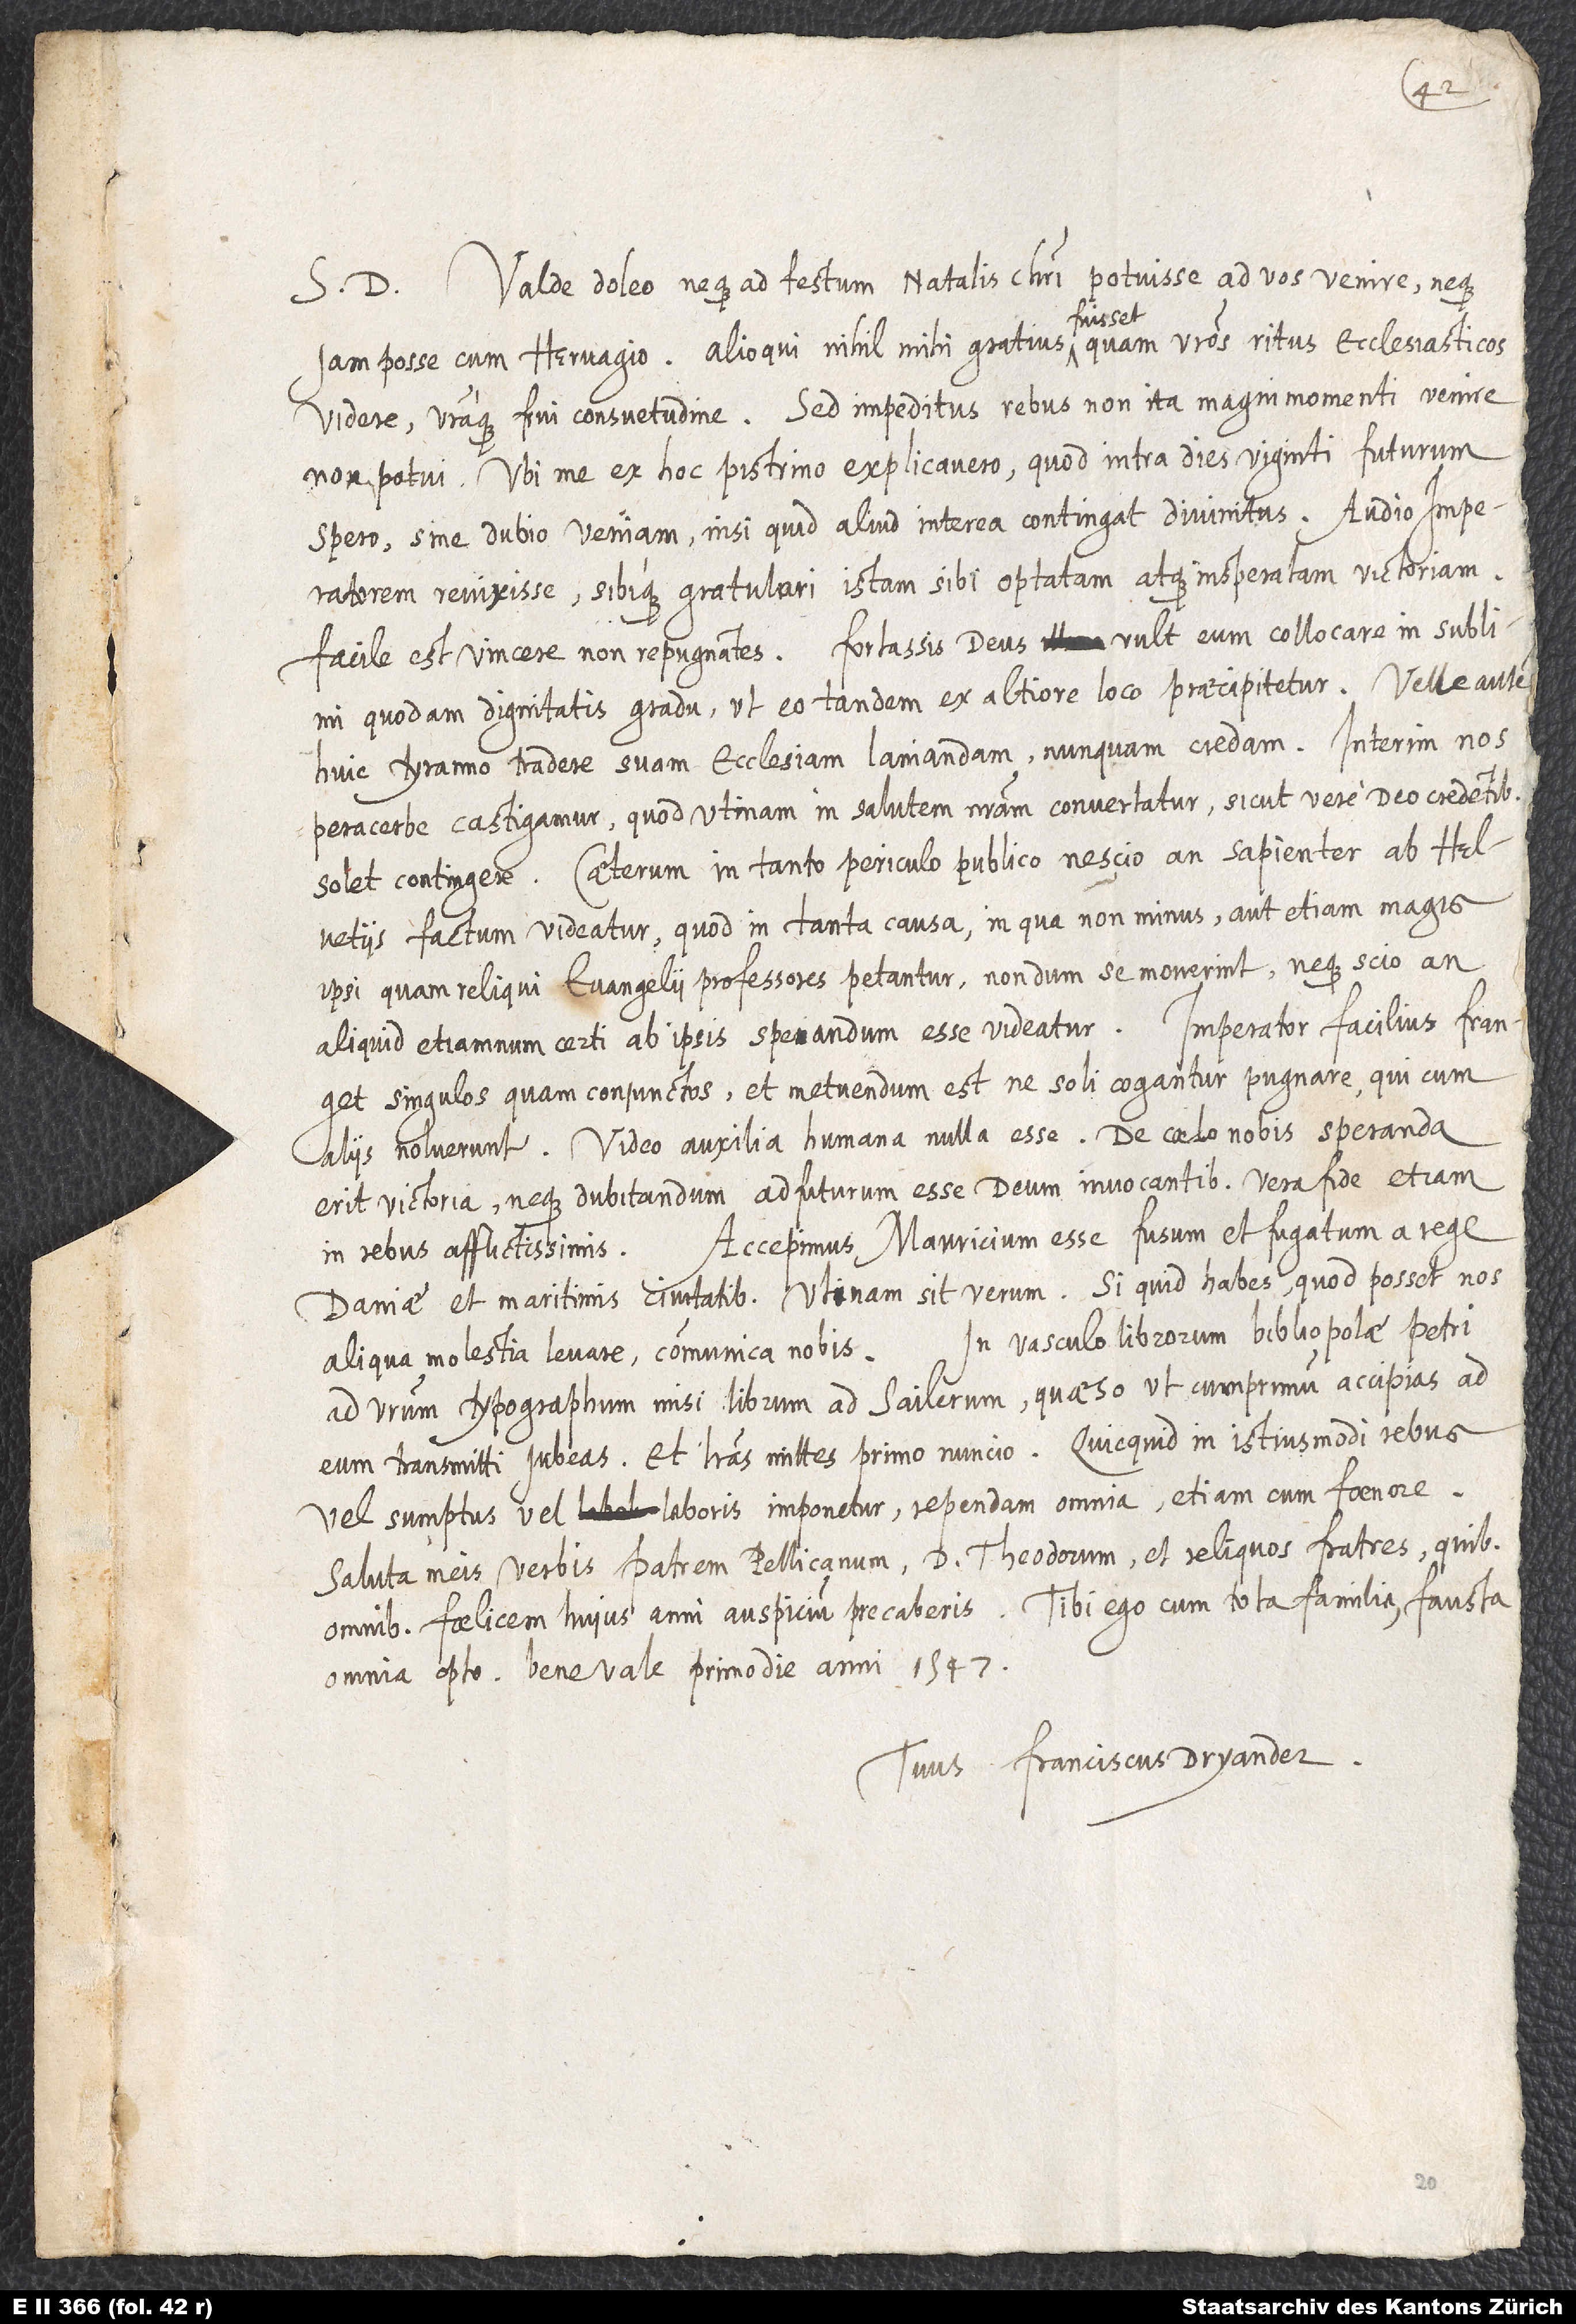
Valde doleo neque ad festum natalis Christi potuisse ad vos venire neque
S. D.
iam posse cum Hervagio. Alioqui nihil mihi gratius fuisset quam vestros ritus ecclesiasticos
videre vestraque frui consuetudine. Sed impeditus rebus non ita magni momenti venire
non potui. Ubi me ex hoc pistrino explicavero, quod intra dies viginti futurum
spero, sine dubio veniam, nisi quid aliud interea contingat divinitus. Audio imperatorem
revixisse sibique gratulari istam sibi optatam atque insperatam victoriam;
facile est vincere non repugnantes. Fortassis deus vult eum collocare in sublimi
quodam dignitatis gradu, ut eo tandem ex altiore loco praecipitetur, velle autem
huic tyranno tradere suam ecclesiam laniandam nunquam credam. Interim nos
peracerbe castigamur, quod utinam in salutem nostram convertatur, sicut vere deo credentibus
solet contingere. Caeterum in tanto periculo publico nescio an sapienter ab Helvetiis
factum videatur, quod in tanta causa, in qua non minus aut etiam magis
ipsi quam reliqui evangelii professores petantur, nondum se moverint, neque scio an
Imperator facilius franget
aliquid etiamnum certi ab ipsis sperandum esse videatur.
singulos quam coniunctos, et metuendum est, ne soli cogantur pugnare, qui cum
aliis noluerunt. Video auxilia humana nulla esse. De coelo nobis speranda
erit victoria neque dubitandum adfuturum esse invocantibus vera fide etiam
Accepimus Mauricium esse fusum et fugatum a rege
in rebus afflictissimis.
Daniae et maritimis civitatibus. Utinam sit verum! Si quid habes, quod posset nos
In vasculo librorum bibliopolae Petri
aliqua molestia levare, communica nobis.
ad vestrum typographum misi librum ad Sailerum; quaeso, ut, cumprimum accipias, ad
eum transmitti iubeas, et literas mittes primo nuncio. Quicquid in istiusmodi rebus
vel sumptus vel laboribus imponetur, rependam omniam etiam cum foenore.
Saluta meis verbis patrem Pellicanum, d. Theodorum et reliquos fratres, quibus
omnibus foelicem huius anni auspicium precaberis. Tibi ego cum tota familia fausta
omnia opto. Bene vale, primo die anni 1547.
Tuus Franciscus Dryander.